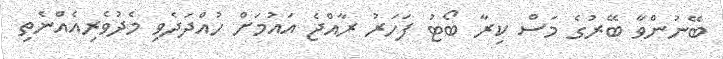
ބޭނުންވާ ބޭރުގެ މަސް ކިރާ ބޯޓު ފަހަރު ރާއްޖެ އައުމަށް ހުއްދަދެވި މެދުވެރިއެއްނެތި